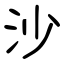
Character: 沙